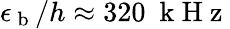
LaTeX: \epsilon_{\mathrm{~b~}}/h\approx 320~\mathrm{~k~H~z~}